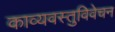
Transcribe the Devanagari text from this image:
काव्यवस्तुविवेचन